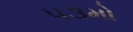
૫૩મો